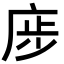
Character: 𢈨